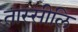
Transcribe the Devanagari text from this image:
तास्सीलि